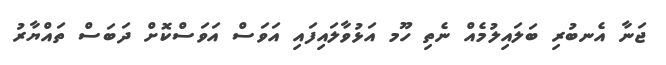
ޖަނާ އެނބުރި ބަލައިލުމެއް ނެތި ހޫމ އަޅުވާލައިފައި އަވަސް އަވަސްކޮށް ދަބަސް ތައްޔާރު